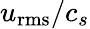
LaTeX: u_{\mathrm{rms}}/c_{s}